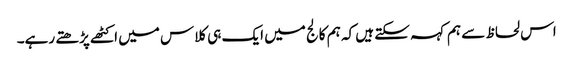
اس لحاظ سے ہم کہہ سکتے ہیں کہ ہم کالج میں ایک ہی کلاس میں اکٹھے پڑھتے رہے۔